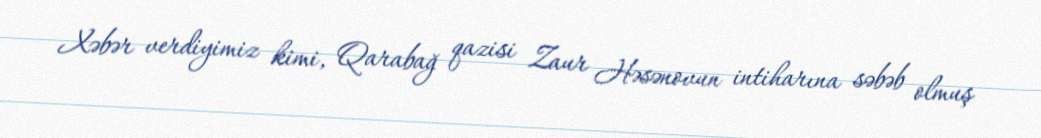
Xəbər verdiyimiz kimi, Qarabağ qazisi Zaur Həsənovun intiharına səbəb olmuş